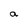
Character: a